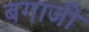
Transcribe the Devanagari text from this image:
बगाजी